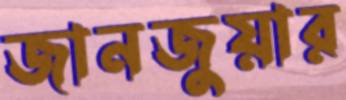
জানজুয়ার